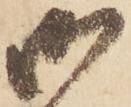
御